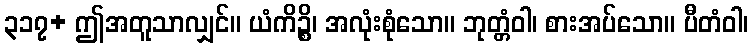
၃၁၇+ ဤအတူသာလျှင်။ ယံကိဉ္စိ၊ အလုံးစုံသော။ ဘုတ္တံဝါ၊ စားအပ်သော။ ပီတံဝါ၊